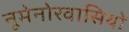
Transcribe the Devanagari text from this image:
नूमेनोरवासियों